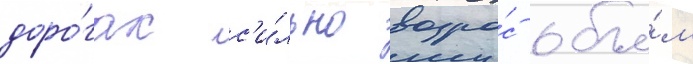
доро́гах с'и́льно возро́с объе́м